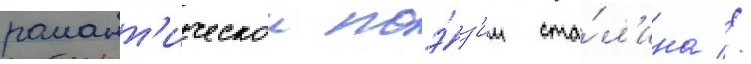
романт'ическои поэ́з'ии ста́л'ина //